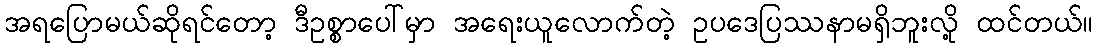
အရပြောမယ်ဆိုရင်တော့ ဒီဥစ္စာပေါ်မှာ အရေးယူလောက်တဲ့ ဥပဒေပြဿနာမရှိဘူးလို့ ထင်တယ်။